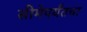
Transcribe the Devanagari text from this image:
सीमेपर्यंतचा